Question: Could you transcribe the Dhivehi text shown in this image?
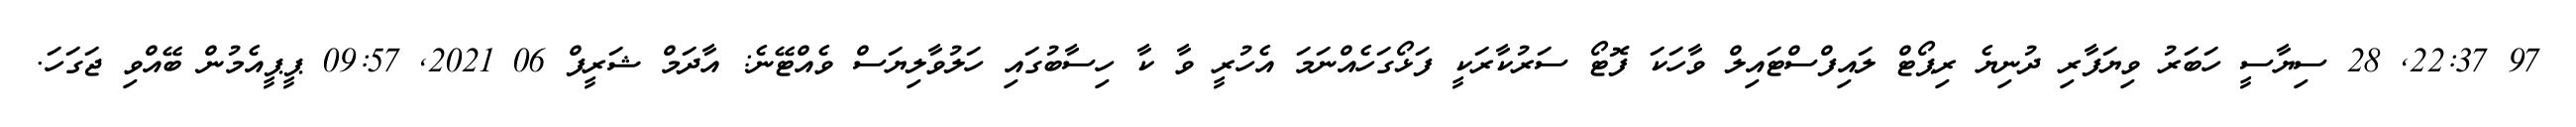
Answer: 97 22:37, 28 ސިޔާސީ ހަބަރު ވިޔަފާރި ދުނިޔެ ރިޕޯޓް ލައިފްސްޓައިލް ވާހަކަ ފޮޓޯ ސަރުކާރަކީ ފަޅޯގަހެއްނަމަ އެހުރީ ވާ ކާ ހިސާބުގައި ހަލުވާލިޔަސް ވެއްޓޭނެ: އާދަމް ޝަރީފް 06 2021, 09:57 ޕީޕީއެމުން ބޭއްވި ޖަގަހަ.